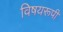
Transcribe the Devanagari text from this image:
विषयरूपी